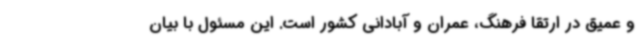
و عمیق در ارتقا فرهنگ، عمران و آبادانی کشور است. این مسئول با بیان